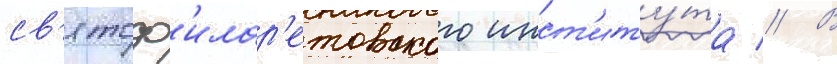
св'ятоф'илар'етовского инст'иту́та // В